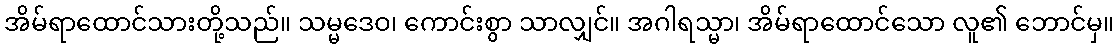
အိမ်ရာထောင်သားတို့သည်။ သမ္မဒေဝ၊ ကောင်းစွာ သာလျှင်။ အဂါရသ္မာ၊ အိမ်ရာထောင်သော လူ၏ ဘောင်မှ။